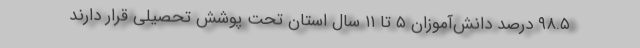
۹۸.۵ درصد دانش‌آموزان ۵ تا ۱۱ سال استان تحت پوشش تحصیلی قرار دارند